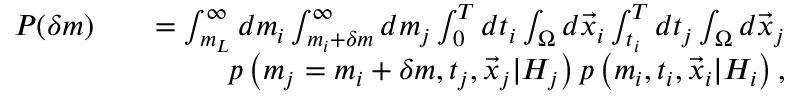
\begin{array} { r l r } { P ( \delta m ) } & { } & { = \int _ { m _ { L } } ^ { \infty } d m _ { i } \int _ { m _ { i } + \delta m } ^ { \infty } d m _ { j } \int _ { 0 } ^ { T } d t _ { i } \int _ { \Omega } d \vec { x } _ { i } \int _ { t _ { i } } ^ { T } d t _ { j } \int _ { \Omega } d \vec { x } _ { j } } \\ & { } & { p \left( m _ { j } = m _ { i } + \delta m , t _ { j } , \vec { x } _ { j } \vert { \cal H } _ { j } \right) p \left( m _ { i } , t _ { i } , \vec { x } _ { i } \vert { \cal H } _ { i } \right) , } \end{array}